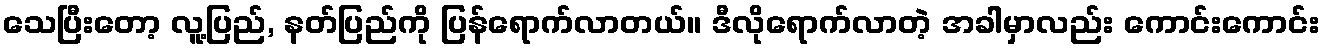
သေပြီးတော့ လူ့ပြည်, နတ်ပြည်ကို ပြန်ရောက်လာတယ်။ ဒီလိုရောက်လာတဲ့ အခါမှာလည်း ကောင်းကောင်း